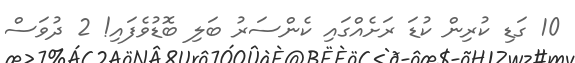
10 ގަޑި ކުރިން ކުޑަ ރަށެއްގައި ކެންސަރު ބަލި ބޮޑުވެފައި! 2 ދުވަސް